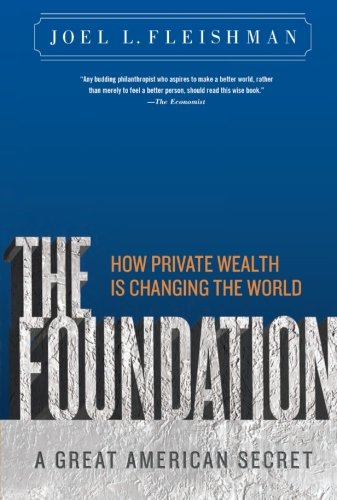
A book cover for The Foundation: A Great American Secret; How Private Wealth is Changing the World; Joel L. Fleishman; Politics & Social Sciences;